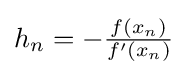
h_{n}=-{\tfrac {f(x_{n})}{f'(x_{n})}}